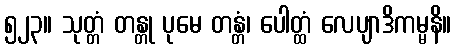
၅၂၃။ သုတ္တံ တန္တု ပုမေ တန္တံ၊ ပေါတ္ထံ လေပျာဒိကမ္မနိ။